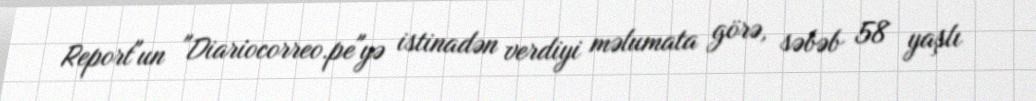
Report"un "Diariocorreo.pe"yə istinadən verdiyi məlumata görə, səbəb 58 yaşlı